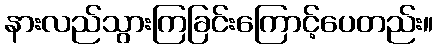
နားလည်သွားကြခြင်းကြောင့်ပေတည်း။